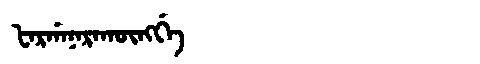
Manchu: ᡶᠠᡵᡤᠠᠨᠠᡵᠠᡴᡡᠩᡤᡝ
Romanization: FARGANARAKŪNGGE